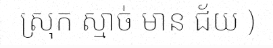
ស្រុក ស្មាច់ មាន ជ័យ )